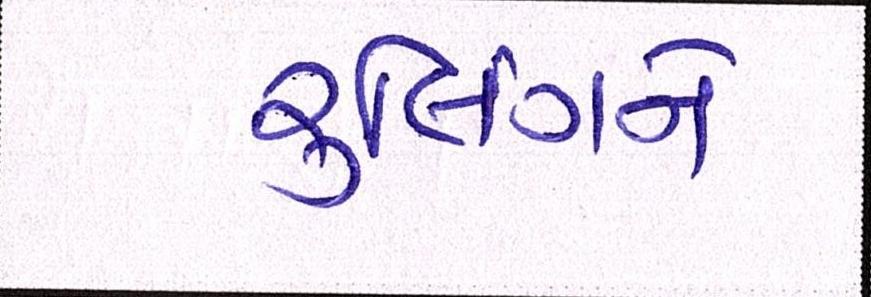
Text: રૃલિંગને